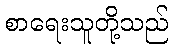
စာရေးသူတို့သည်